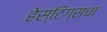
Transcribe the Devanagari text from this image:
हेस्टिंग्सचा